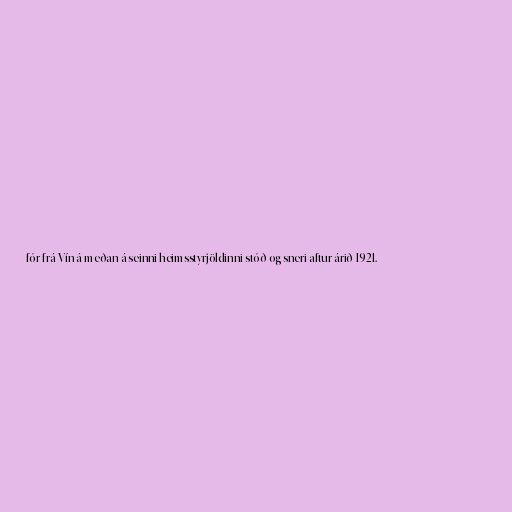
fór frá Vín á meðan á seinni heimsstyrjöldinni stóð og sneri aftur árið 1921.